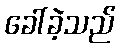
ခေါ်ခဲ့သည်